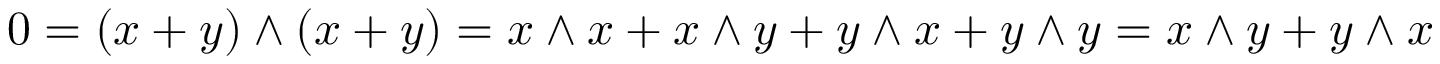
0 = ( x + y ) \wedge ( x + y ) = x \wedge x + x \wedge y + y \wedge x + y \wedge y = x \wedge y + y \wedge x